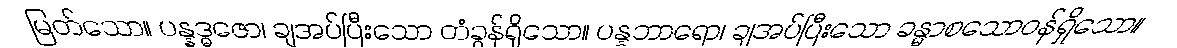
မြတ်သော။ ပန္နဒ္ဓဇော၊ ချအပ်ပြီးသော တံခွန်ရှိသော။ ပန္နဘာရော၊ ချအပ်ပြီးသော ခန္ဓာစသောဝန်ရှိသော။